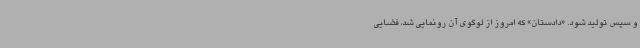
و سپس تولید شود. «دادستان» که امروز از لوگوی آن رونمایی شد، فضایی